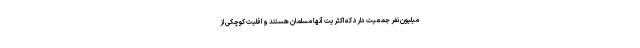
میلیون نفر جمعیت دارد که اکثریت آنها مسلمان هستند و اقلیت کوچکی از